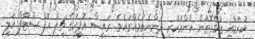
ކުރުމާއި ގުޅޭގޮތުން އާންމުކުރި ދެންނެވުމެއްގައެވެ. ރައީސް އޮފީހުގެ ޗީފް އޮފް ސްޓާފް އަލީ